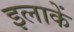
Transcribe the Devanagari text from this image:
इलाकें